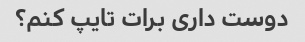
دوست داری برات تایپ کنم؟